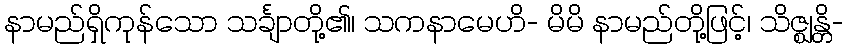
နာမည်ရှိကုန်သော သင်္ချာတို့၏၊ သကနာမေဟိ- မိမိ နာမည်တို့ဖြင့်၊ သိဇ္ဈန္တိ-